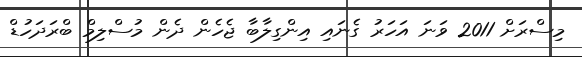
މިސްރަށް 2011 ވަނަ އަހަރު ގެނައި އިންގިލާބާ ޖެހެން ދެން މުސްލިމް ބްރަދަހުޑް